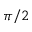
\pi / 2